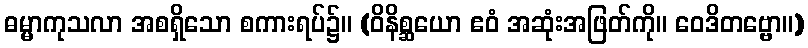
ဓမ္မာကုသလာ အစရှိသော စကားရပ်၌။ (ဝိနိစ္ဆယော ဧဝံ အဆုံးအဖြတ်ကို။ ဝေဒိတဗ္ဗော။)